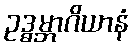
ဥဒ္ဓမ္ဘာဂိယာနံ